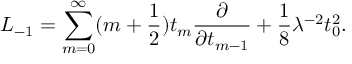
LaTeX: L _ { - 1 } = \sum _ { m = 0 } ^ { \infty } ( m + \frac { 1 } { 2 } ) t _ { m } \frac { \partial } { \partial t _ { m - 1 } } + \frac { 1 } { 8 } \lambda ^ { - 2 } t _ { 0 } ^ { 2 } .